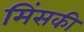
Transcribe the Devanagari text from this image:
मिंसकी